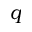
q